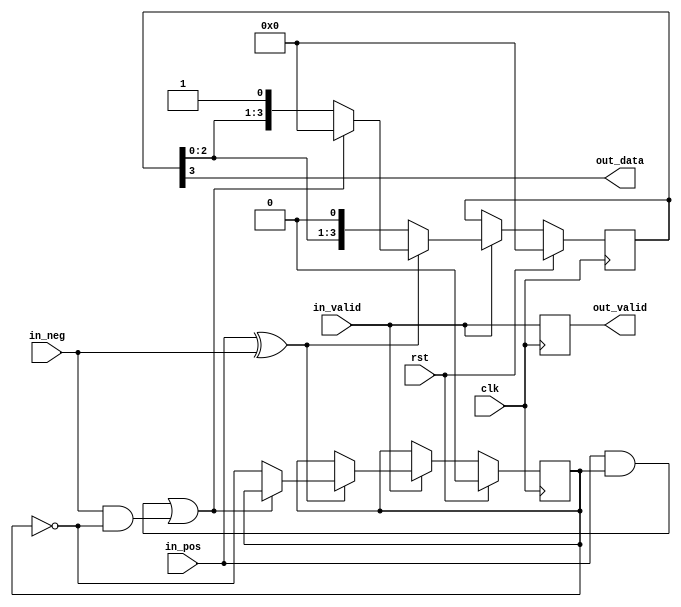
module hdb3_dec (
	// Input
	input  wire in_pos,
	input  wire in_neg,
	input  wire in_valid,

	// Output
	output wire out_data,
	output reg  out_valid,

	// Common
	input  wire clk,
	input  wire rst
);

	// Signals
	wire violation;
	reg [3:0] data;
	reg pstate;			// Pulse state

	// Output
	assign out_data = data[3];

	always @(posedge clk)
		out_valid <= in_valid;

	// Main logic
	assign violation = (in_pos & pstate) | (in_neg & ~pstate);

	always @(posedge clk)
	begin
		if (rst) begin
			// Reset state
			data   <= 4'h0;
			pstate <= 1'b0;

		end else if (in_valid) begin
			if (in_pos ^ in_neg) begin
				// Is it a violation ?
				if (violation) begin
					// Violation
					data   <= 4'h0;
					pstate <= pstate;

				end else begin
					// Normal data (or possibly balancing pulse that will be
					// post-corrected)
					data   <= { data[2:0], 1'b1 };
					pstate <= pstate ^ 1;
				end
			end else begin
				// Zero (or error, we map to 0)
				data   <= { data[2:0], 1'b0 };
				pstate <= pstate;
			end
		end
	end

endmodule